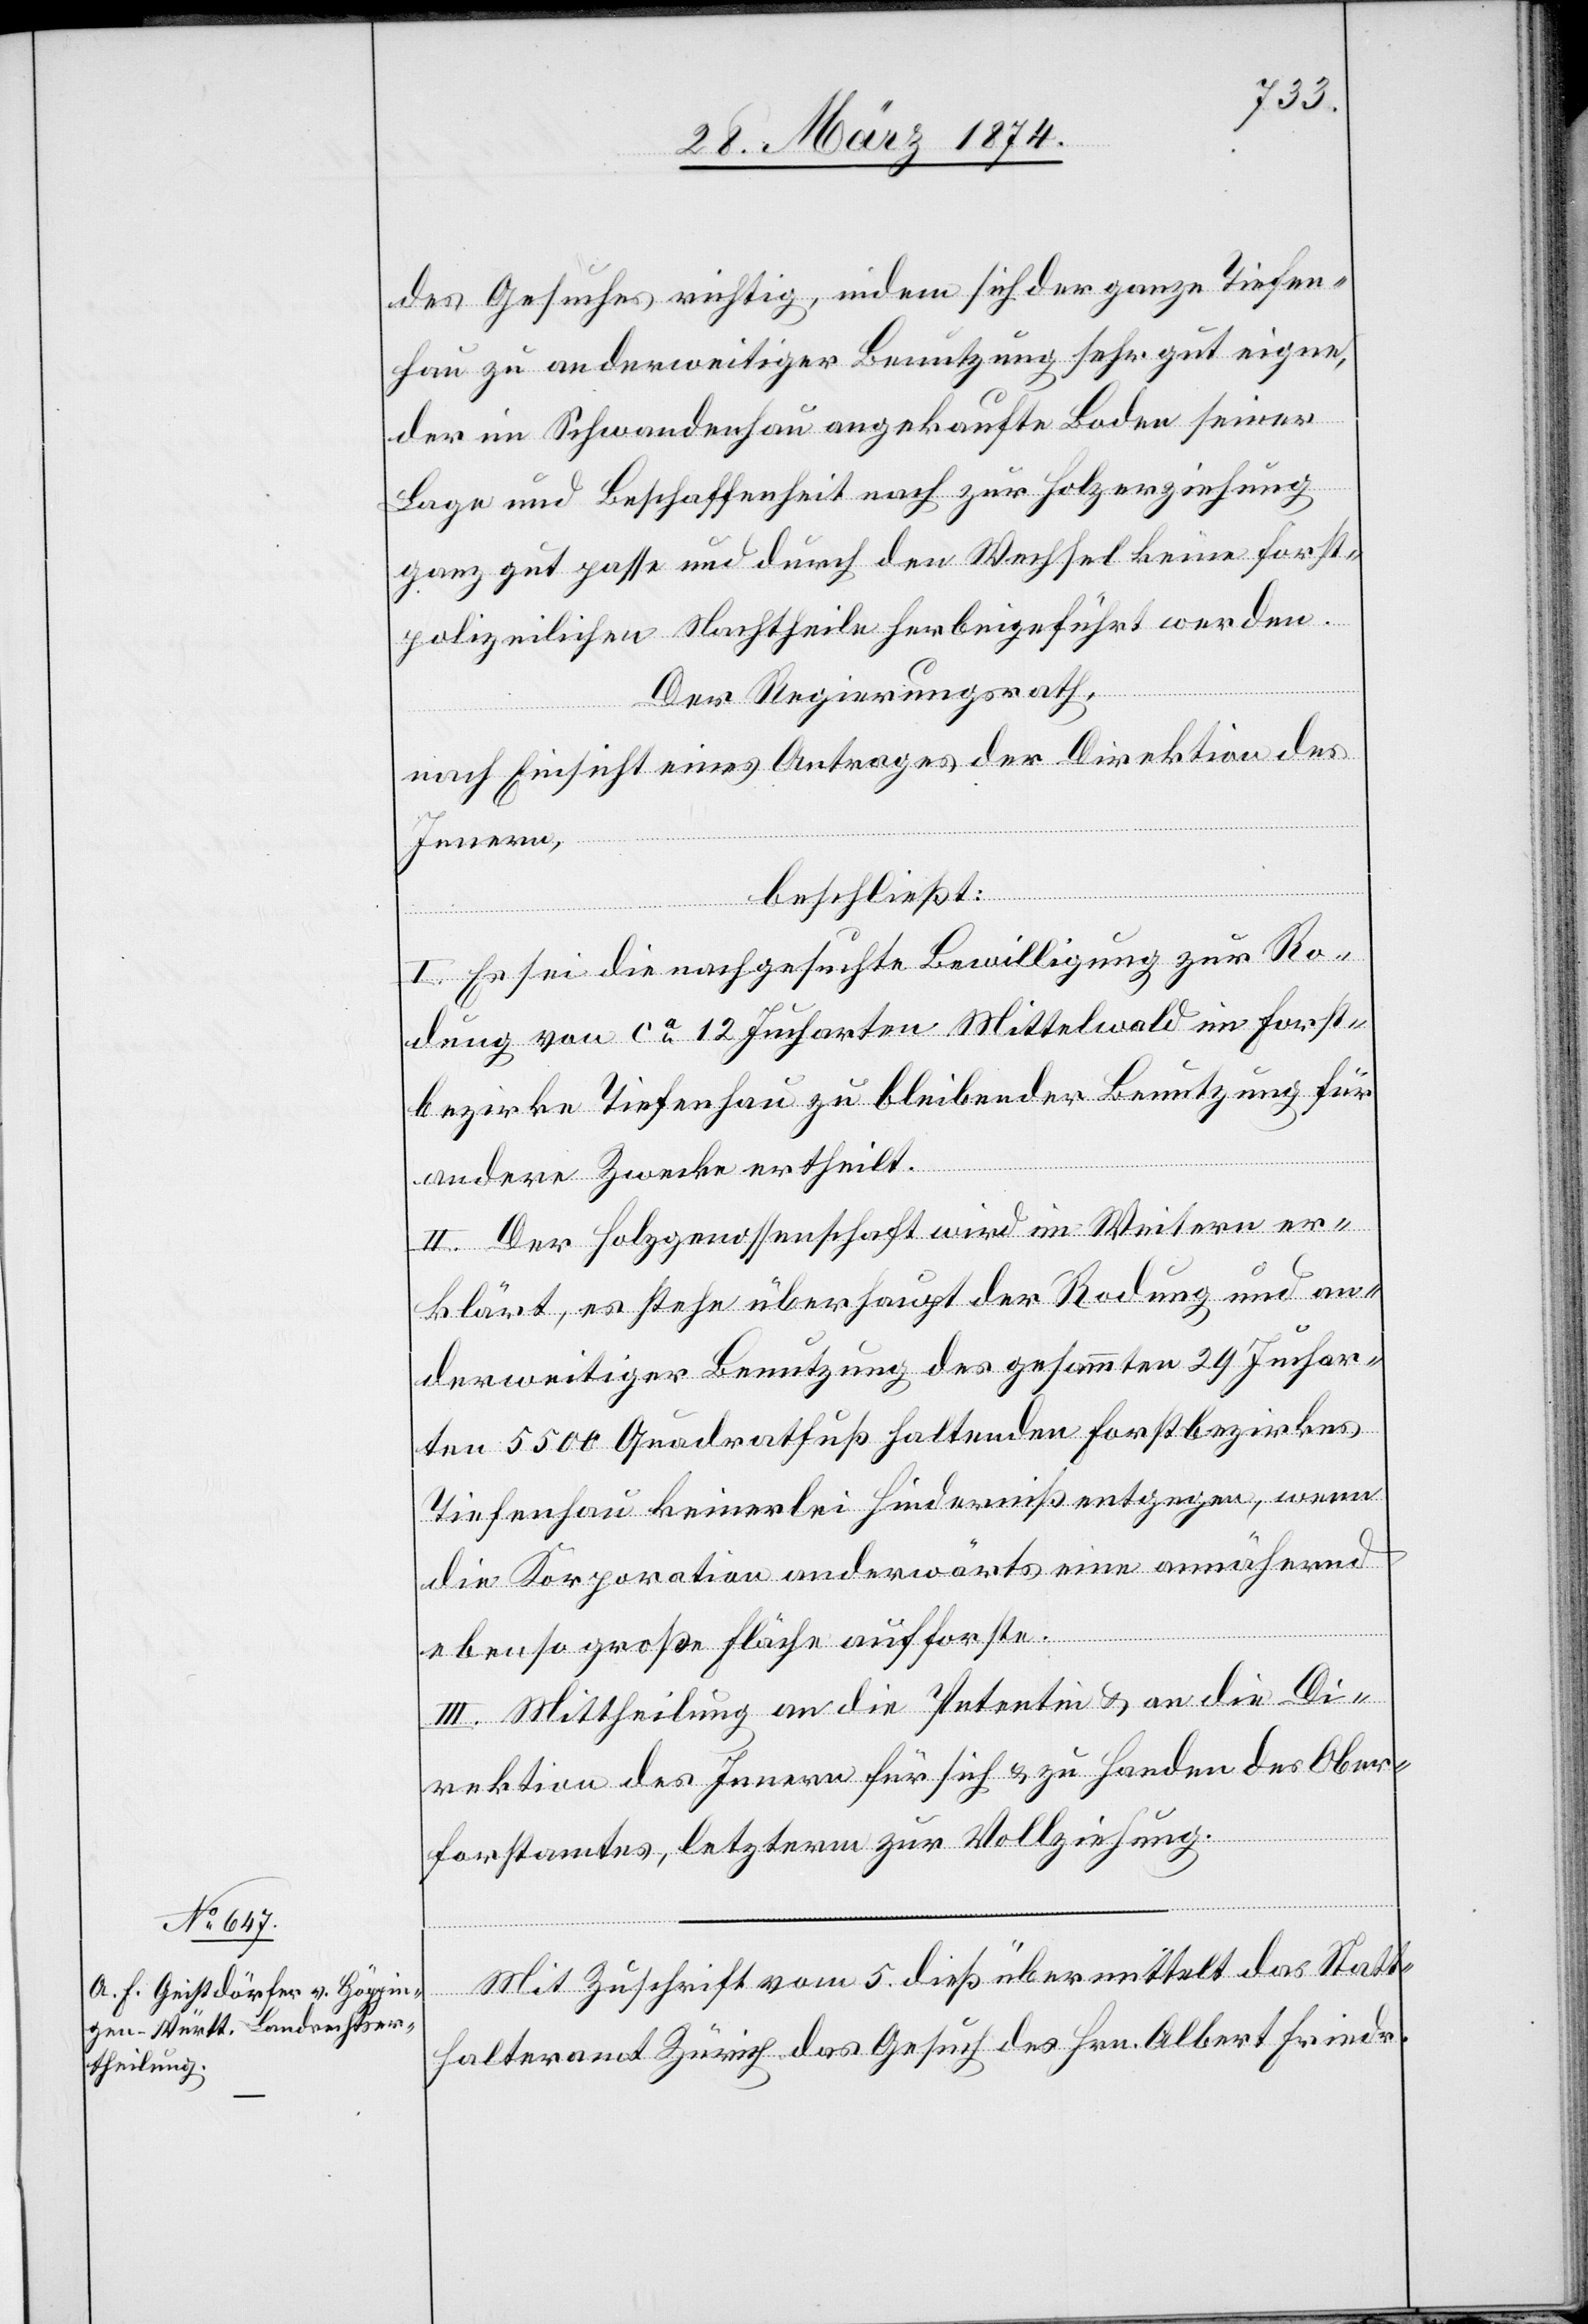
des Gesuches richtig, indem sich der ganze Tiefen¬
hau zu anderweitiger Benutzung sehr gut eigne,
der im Schwandenhau angekaufte Boden seiner
Lage und Beschaffenheit nach zur Holzerziehung
ganz gut passe und durch den Wechsel keine forst¬
polizeilichen Nachtheile herbeigeführt werden.
Der Regierungsrath,
nach Einsicht eines Antrages der Direktion des
Innern,
beschließt:
I. Es sei die nachgesuchte Bewilligung zur Ro¬
dung von ca 12 Jucharten Mittelwald im Forst¬
bezirke Tiefenhau zu bleibender Benutzung für
andere Zwecke ertheilt.
II. Der Holzgenossenschaft wird im Weitern er¬
klärt, es stehe überhaupt der Rodung und an¬
derweitiger Benutzung des gesammten 29 Juchar¬
ten 5500 Quadratfuß haltenden Forstbezirkes
Tiefenhau keinerlei Hinderniß entgegen, wenn
die Korporation anderwärts eine annähernd
ebenso große Fläche aufforste.
III. Mittheilung an die Petentin u. an die Di¬
rektion des Innern für sich u. zu Handen des Ober¬
forstamtes, letzterem zur Vollziehung.
Mit Zuschrift vom 5. dieß übermittelt das Statt¬
halteramt Zürich das Gesuch des Hrn. Albert Friedr.